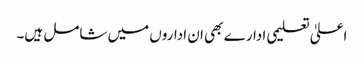
اعلیٰ تعلیمی ادارے بھی ان اداروں میں شامل ہیں۔